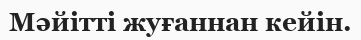
Мәйітті жуғаннан кейін.